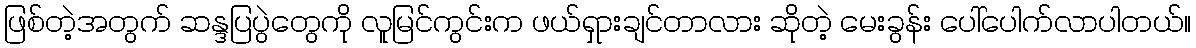
ဖြစ်တဲ့အတွက် ဆန္ဒပြပွဲတွေကို လူမြင်ကွင်းက ဖယ်ရှားချင်တာလား ဆိုတဲ့ မေးခွန်း ပေါ်ပေါက်လာပါတယ်။